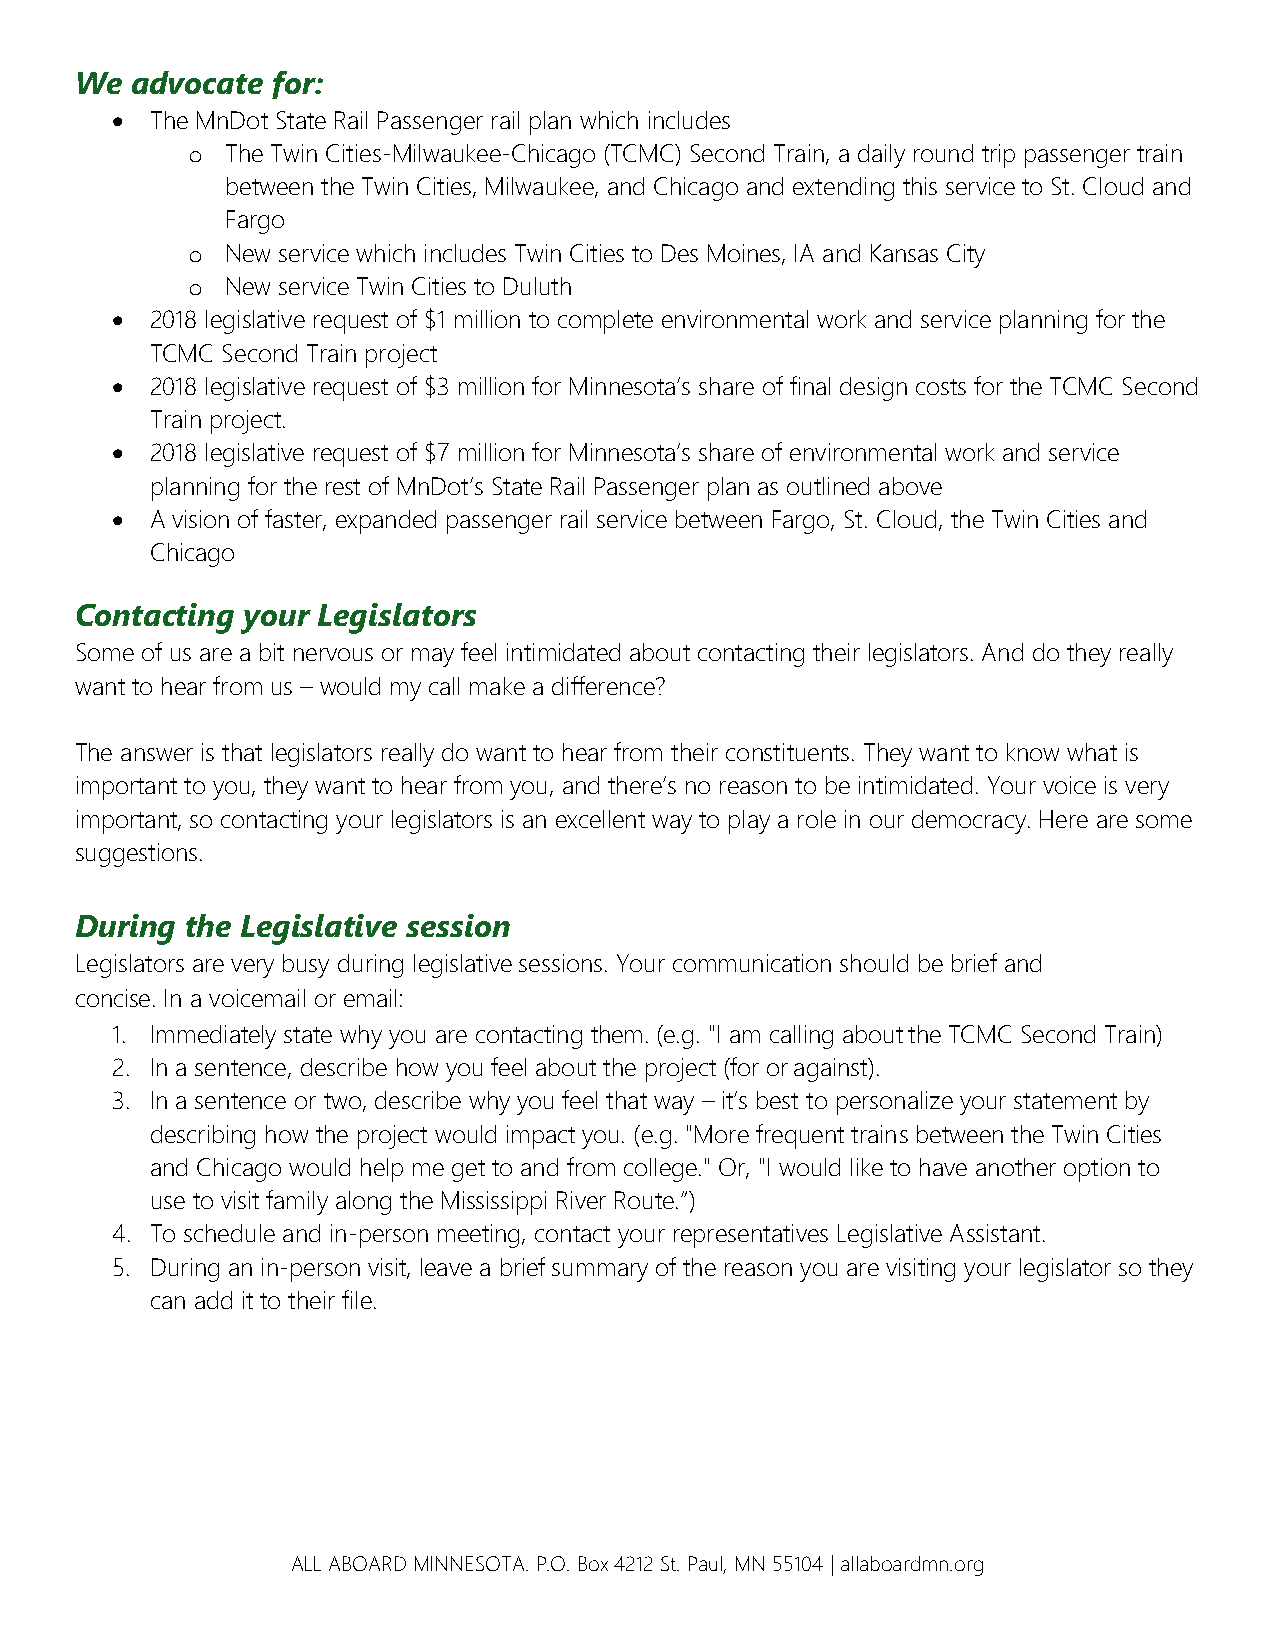
We  advocate for:
 •  The MnDot State Rail Passenger rail plan which includes
 o  The Twin Cities-Milwaukee-Chicago (TCMC) Second Train, a daily round trip passenger train
 between the Twin Cities, Milwaukee, and Chicago and extending this service to St. Cloud and
 Fargo
 o  New service which includes Twin Cities to Des Moines, IA and Kansas City
 o  New service Twin Cities to Duluth
 •  2018 legislative request of $1 million to complete environmental work and service planning for the
 TCMC Second Train project
 •  2018 legislative request of $3 million for Minnesota’s share of final design costs for the TCMC Second
 Train project.
 •  2018 legislative request of $7 million for Minnesota’s share of environmental work and service
 planning for the rest of MnDot’s State Rail Passenger plan as outlined above
 •  A vision of faster, expanded passenger rail service between Fargo, St. Cloud, the Twin Cities and
 Chicago
 Contacting your Legislators
 Some of us are a bit nervous or may feel intimidated about contacting their legislators. And do they really
 want to hear from us – would my call make a difference?
 The answer is that legislators really do want to hear from their constituents. They want to know what is
 important to you, they want to hear from you, and there’s no reason to be intimidated. Your voice is very
 important, so contacting your legislators is an excellent way to play a role in our democracy. Here are some
 suggestions.
 During the Legislative session
 Legislators are very busy during legislative sessions. Your communication should be brief and
 concise. In a voicemail or email:
 1. Immediately state why you are contacting them. (e.g. "I am calling about the TCMC Second Train)
 2. In a sentence, describe how you feel about the project (for or against).
 3. In a sentence or two, describe why you feel that way – it’s best to personalize your statement by
 describing how the project would impact you. (e.g. "More frequent trains between the Twin Cities
 and Chicago would help me get to and from college." Or, "I would like to have another option to
 use to visit family along the Mississippi River Route.”)
 4. To schedule and in-person meeting, contact your representatives Legislative Assistant.
 5. During an in-person visit, leave a brief summary of the reason you are visiting your legislator so they
 can add it to their file.
 ALL ABOARD MINNESOTA. P.O. Box 4212 St. Paul, MN 55104 | allaboardmn.org